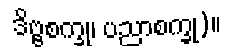
ဒိဗ္ဗစက္ခု၊ ပညာစက္ခု)။